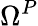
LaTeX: \Omega^{P}